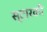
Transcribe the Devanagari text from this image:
स्टारकी